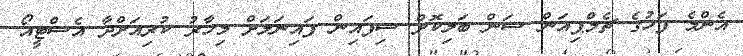
އެންމެ ފަހުގެ ޗެމްޕިއަން ސަން ބަލިކޮށް ސިފައިން ފައިނަލަށް މިހާރު ކުރިއަށްދާ އެސްޓީއޯ